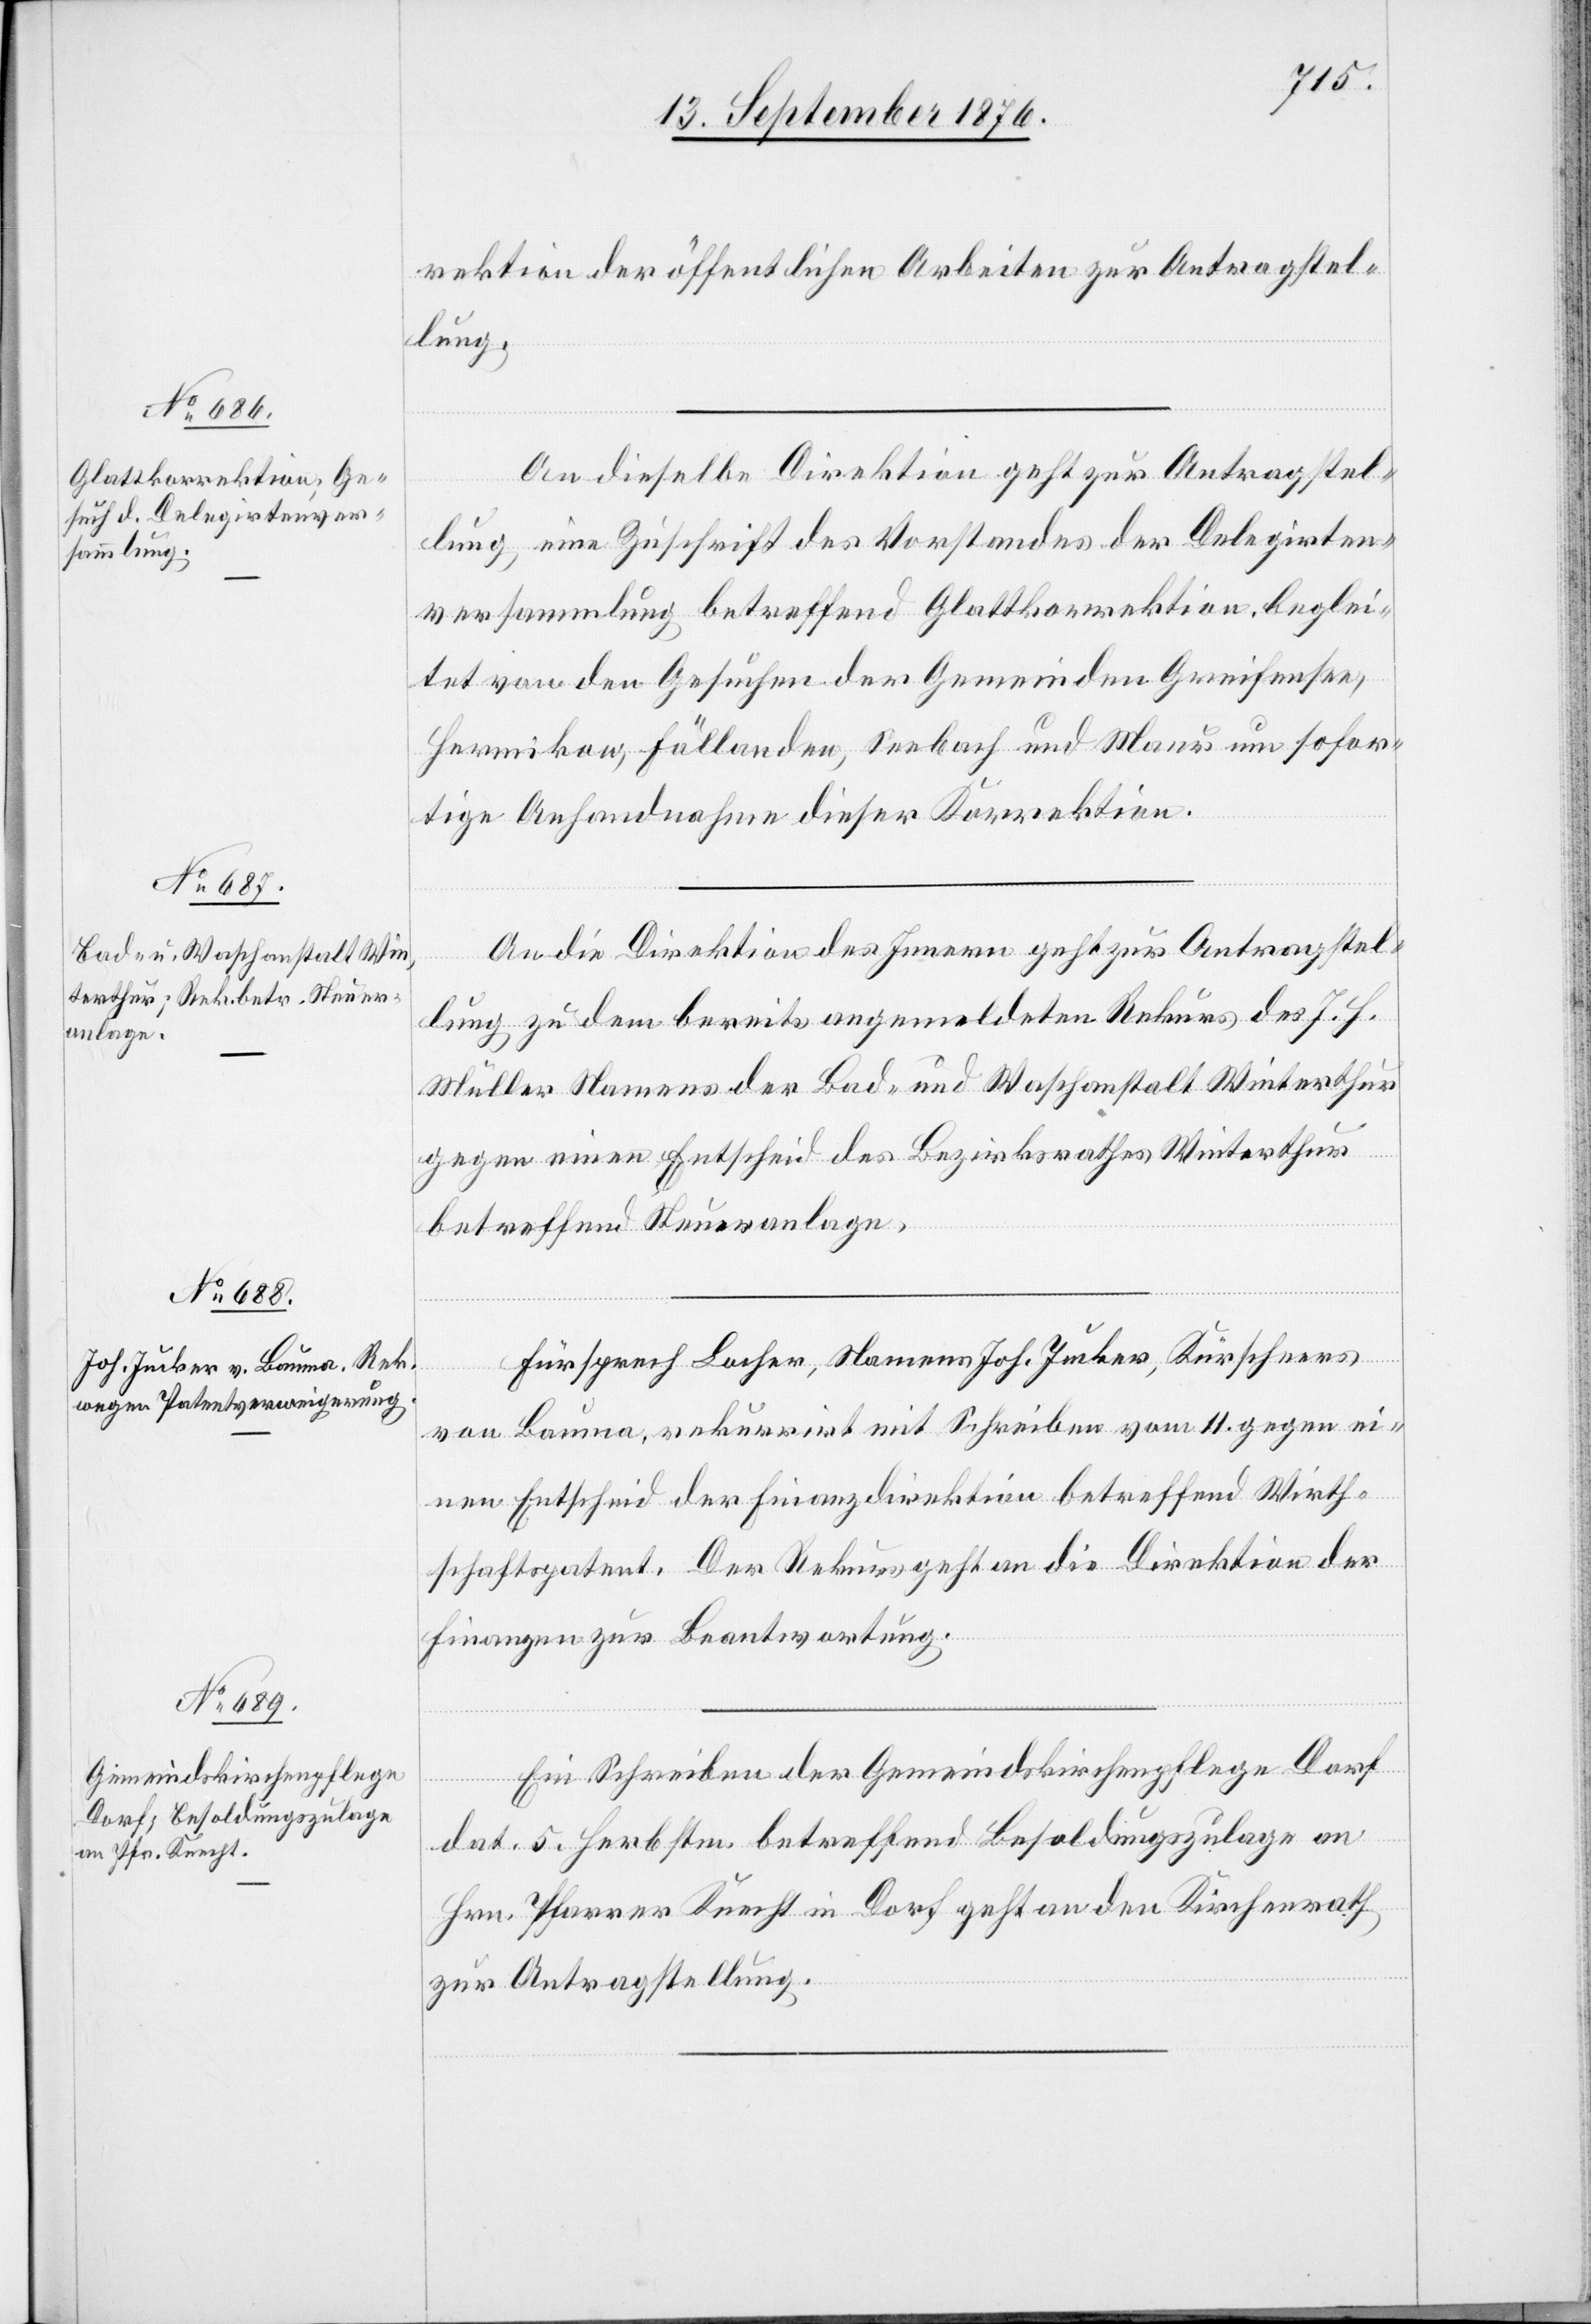
13. September 1876.]
rektion der öffentlichen Arbeiten zur Antragstel¬
lung.
An dieselbe Direktion geht zur Antragstel¬
lung, eine Zuschrift des Vorstandes der Delegirten¬
versammlung betreffend Glattkorrektion, beglei¬
tet von den Gesuchen der Gemeinden Greifensee,
Hermikon, Fällanden, Seebach und Maur um sofor¬
tige Anhandnahme dieser Korrektion.
An die Direktion des Innern geht zur Antragstel¬
lung zu dem bereits angemeldeten Rekurs des J. H.
Müller Namens der Bad- und Waschanstalt Winterthur
gegen einen Entscheid des Bezirksrathes Winterthur
betreffend Steueranlage
Fürsprech Locher, Namens Joh. Jucker, Kürschners
von Bauma, rekurrirt mit Schreiben vom 11. gegen ei¬
nen Entscheid der Finanzdirektion betreffend Wirth¬
schaftspatent. Der Rekurs geht an die Direktion der
Finanzen zur Beantwortung.
Ein Schreiben der Gemeindskirchenpflege Dorf
dat. 5. Herbstm. betreffend Besoldungszulage an
Hrn. Pfarrer Knecht in Dorf geht an den Kirchenrath
zur Antragstellung.